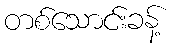
တစ်သောင်းခန့်